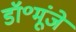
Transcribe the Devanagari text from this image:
डॉ॰मूंजे